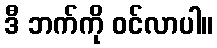
ဒီ ဘက်ကို ဝင်လာပါ။